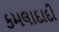
કમલાદાદી